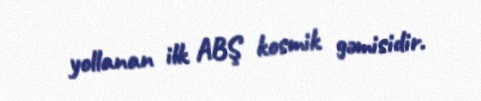
yollanan ilk ABŞ kosmik gəmisidir.